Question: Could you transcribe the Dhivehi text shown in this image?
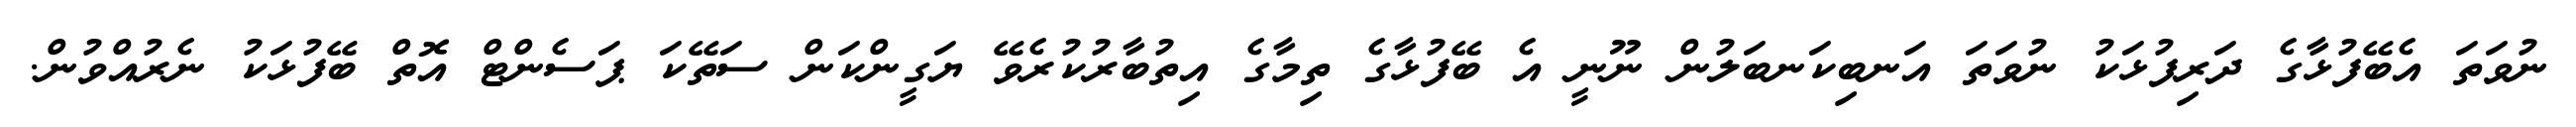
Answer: ނުވަތަ އެބޭފުޅާގެ ދަރިފުޅަކު ނުވަތަ އަނބިކަނބަލުން ނޫނީ އެ ބޭފުޅާގެ ތިމާގެ އިތުބާރުކުރެވޭ ޔަގީންކަން ސަތޭކަ ޕަސެންޓް އޮތް ބޭފުޅަކު ނެރުއްވުން.